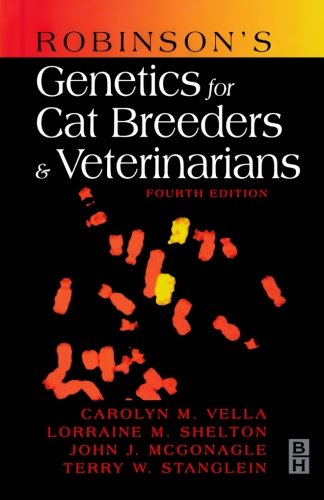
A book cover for Robinson's Genetics for Cat Breeders and Veterinarians, 4e; Carolyn M. Vella; Medical Books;